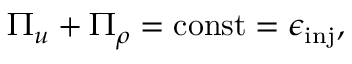
\Pi _ { u } + \Pi _ { \rho } = \mathrm { c o n s t } = \epsilon _ { \mathrm { i n j } } ,